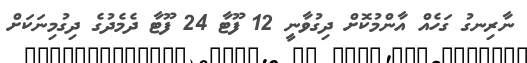
ނާރިނގު ގަހެއް އާންމުކޮށް ދިގުވާނީ 12 ފޫޓާ 24 ފޫޓާ ދެމެދުގެ ދިގުމިނަކަށް